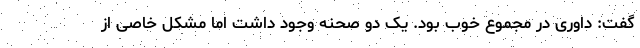
گفت: داوری در مجموع خوب بود. یک دو صحنه وجود داشت اما مشکل خاصی از